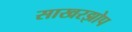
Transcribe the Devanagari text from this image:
साखरझोप